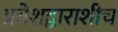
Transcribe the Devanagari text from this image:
प्रवेशद्वाराशीच